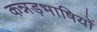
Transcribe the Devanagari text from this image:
कन्नड़भाषियों